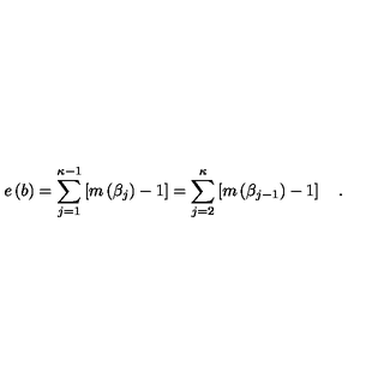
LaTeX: e \left( b \right) = \sum _ { j = 1 } ^ { \kappa - 1 } \left[ m \left( \beta _ { j } \right) - 1 \right] = \sum _ { j = 2 } ^ { \kappa } \left[ m \left( \beta _ { j - 1 } \right) - 1 \right] \quad .